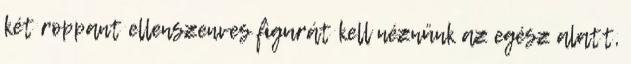
két roppant ellenszenves figurát kell néznünk az egész alatt,